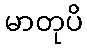
မာတုပိ